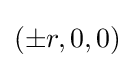
(\pm r,0,0)